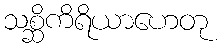
သစ္ဆိကိရိယာဟေတု